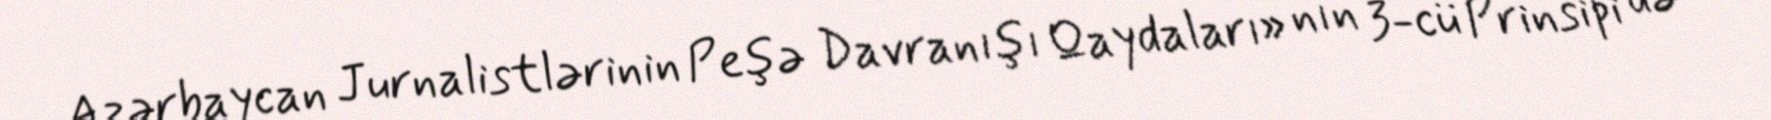
Azərbaycan Jurnalistlərinin Peşə Davranışı Qaydaları» nın 3-cü Prinsipi də